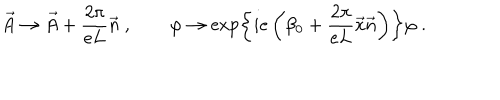
\vec { A } \to \vec { A } + \frac { 2 \pi } { e L } \vec { n } \ , \qquad \varphi \to \exp \left\{ i e \left( \beta _ { 0 } + \frac { 2 \pi } { e L } \vec { x } \vec { n } \right) \right\} \varphi \ .